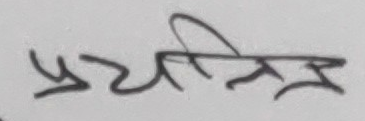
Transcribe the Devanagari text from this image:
प्रयासित